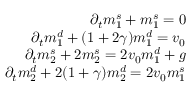
\begin{array} { r l r } & { } & { \partial _ { t } m _ { 1 } ^ { s } + m _ { 1 } ^ { s } = 0 } \\ & { } & { \partial _ { t } m _ { 1 } ^ { d } + ( 1 + 2 \gamma ) m _ { 1 } ^ { d } = v _ { 0 } } \\ & { } & { \partial _ { t } m _ { 2 } ^ { s } + 2 m _ { 2 } ^ { s } = 2 v _ { 0 } m _ { 1 } ^ { d } + g } \\ & { } & { \partial _ { t } m _ { 2 } ^ { d } + 2 ( 1 + \gamma ) m _ { 2 } ^ { d } = 2 v _ { 0 } m _ { 1 } ^ { s } } \end{array}